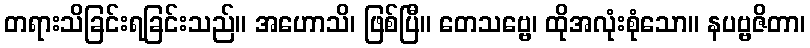
တရားသိခြင်းရခြင်းသည်။ အဟောသိ၊ ဖြစ်ပြီ။ တေသဗ္ဗေ၊ ထိုအလုံးစုံသော။ နပဗ္ဗဇိတာ၊